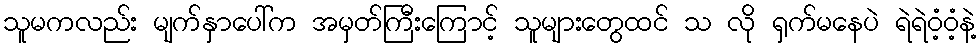
သူမကလည်း မျက်နှာပေါ်က အမှတ်ကြီးကြောင့် သူများတွေထင် သ လို ရှက်မနေပဲ ရဲရဲဝံ့ဝံ့နဲ့